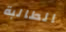
الطالبة